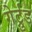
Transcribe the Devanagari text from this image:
गेर्ट्रुड